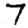
Digit: 7